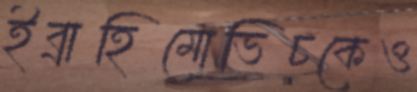
ইব্রাহিমোভিচকেও